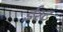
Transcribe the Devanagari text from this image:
ईश्ट